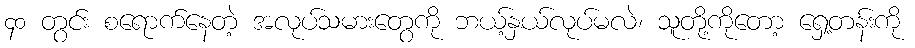
၄၀ တွင်း စရောက်နေတဲ့ အလုပ်သမားတွေကို ဘယ့်နှယ်လုပ်မလဲ၊ သူတို့ကိုတော့ ရှေ့တန်းကို